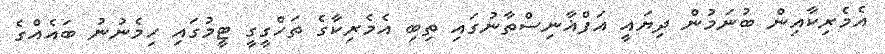
އެމެރިކާއިން ބުނަމުން ދިޔައީ އަފްޣާނިސްތާނުގައި ތިބި އެމެރިކާގެ ތަހްގީގީ ޓީމުގައި ހިމެނުނު ބައެއްގެ